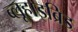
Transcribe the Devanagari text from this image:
ब्लूहाइब्रिड